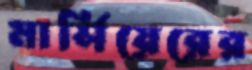
মার্সিয়েরের